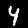
Digit: 4